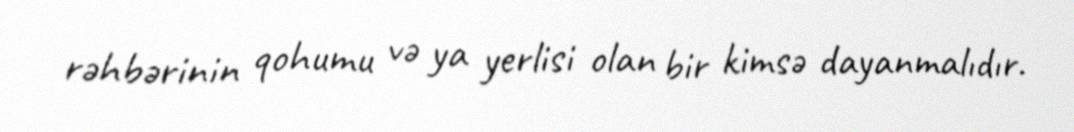
rəhbərinin qohumu və ya yerlisi olan bir kimsə dayanmalıdır.